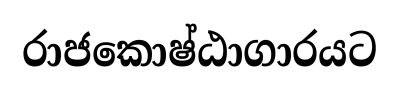
රාජකොෂ්ඨාගාරයට